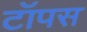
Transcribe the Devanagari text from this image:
टॉपस